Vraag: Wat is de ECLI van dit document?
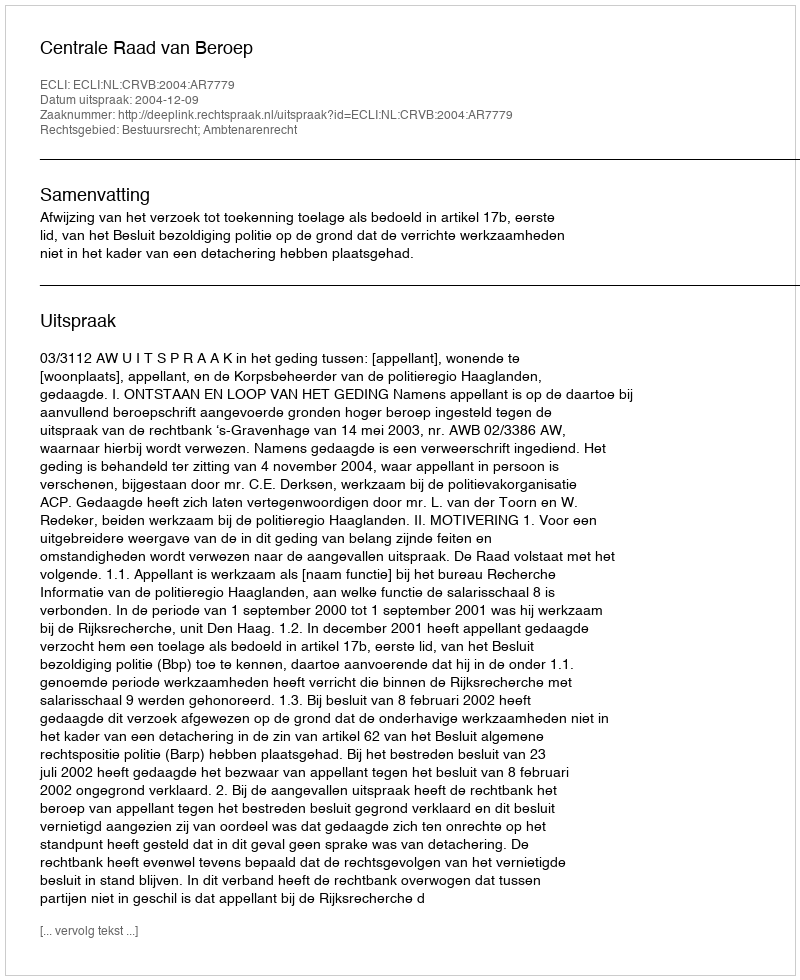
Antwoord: ECLI:NL:CRVB:2004:AR7779